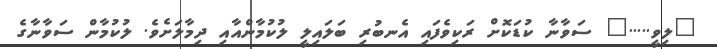
"ލިވީ....." ސަވާނާ ކުޑަކޮށް ރަކިވެފައި އެނބުރި ބަލައިލީ ލުކުމާންއާއި ދިމާލަށެވެ. ލުކުމާން ސަވާނާގެ